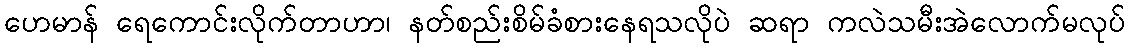
ဟေမာန် ရေကောင်းလိုက်တာဟာ၊ နတ်စည်းစိမ်ခံစားနေရသလိုပဲ ဆရာ ကလဲသမီးအဲလောက်မလုပ်